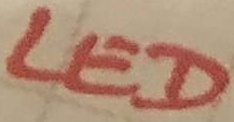
Text: LED